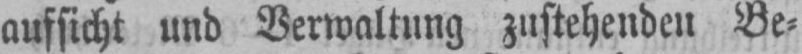
aufsicht und Verwaltung zustehenden Be⸗